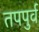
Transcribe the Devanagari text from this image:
तपपुर्व